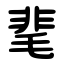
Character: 靟